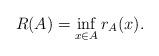
LaTeX: \begin{align*}R(A)=\inf_{x\in A} r_A(x).\end{align*}